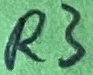
Text: R3